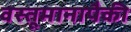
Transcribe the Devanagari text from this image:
वस्तूमानापैकी